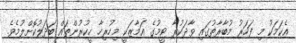
އެކަމަކު މި ފަހަރު މުބާރާތުގައި ވާދަކުރާ ޓީމުގެ އަމާޒަކީ މިހުރިހާ ހީކުރުންތައް ބަދަލުކޮށްލުމެވެ.